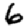
Digit: 6